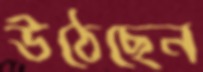
উঠেছেন